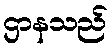
ဌာနသည်